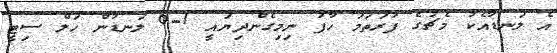
އެ ލަނޑާއެކު މެޗުގެ ފުރަތަމަ ހާފު ނިމިގެންދިޔައީ 1-0 ލަނޑުން ހަލް ސިޓީ